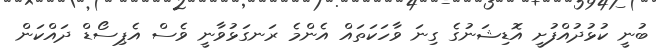
ބުނީ ކުޅުދުއްފުށީ އޮޑިޝަނުގެ ގިނަ ވާހަކަތައް އެންމެ ރަނގަޅުވާނީ ވެސް އެޕިސޯޑް ދައްކަން